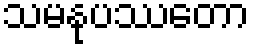
သမနုပဿတော